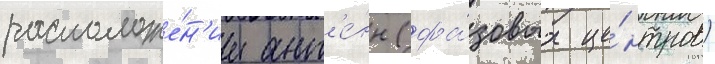
расположе́н'ии ант'е́нн (фа́зовых це́нтров)